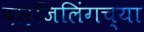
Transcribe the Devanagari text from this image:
दार्जिलिंगच्या